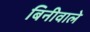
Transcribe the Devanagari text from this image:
बिनीवाले